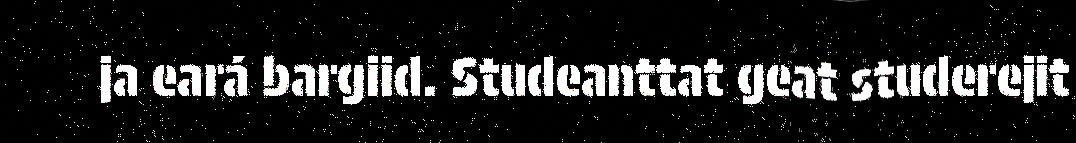
ja eará bargiid. Studeanttat geat studerejit